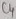
Text: C4